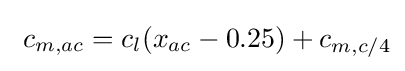
\ c_{m,ac}=c_{l}(x_{ac}-0.25)+c_{m,c/4}